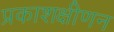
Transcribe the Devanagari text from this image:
प्रकाशक्षीणन